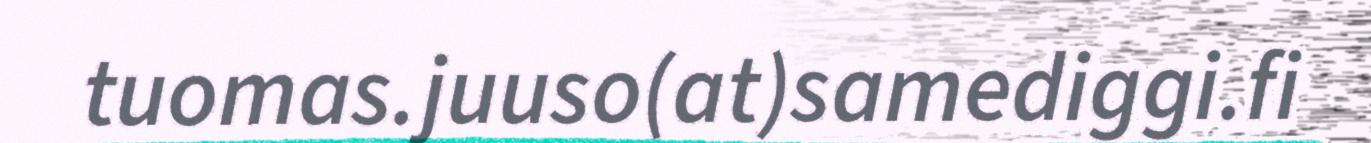
tuomas.juuso(at)samediggi.fi